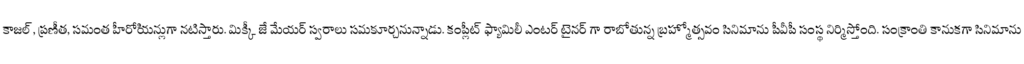
కాజల్, ప్రణీత, సమంత హీరోియన్లుగా నటిస్తారు. మిక్కీ జే మేయర్ స్వరాలు సమకూర్చనున్నాడు. కంప్లీట్ ఫ్యామిలీ ఎంటర్ టైనర్ గా రాబోతున్న బ్రహ్మోత్సవం సినిమాను పీవీపీ సంస్థ నిర్మిస్తోంది. సంక్రాంతి కానుకగా సినిమాను